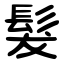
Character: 髮